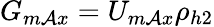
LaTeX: G_{m\mathcal{A}x}=U_{m\mathcal{A}x}\rho_{h2}